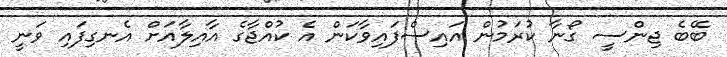
ބޭބެ ޖިންސީ ގޯނާ ކުރަމުން އައިސްފައިވާކަން އެ ކުއްޖާގެ އާއިލާއަށް އެނގިފައި ވަނީ